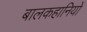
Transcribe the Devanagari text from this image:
बालकहानियों